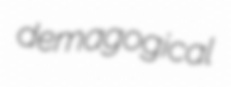
demagogical